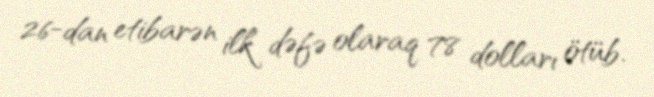
26-dan etibarən ilk dəfə olaraq 78 dolları ötüb.